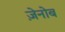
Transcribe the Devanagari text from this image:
ज़ेनोब